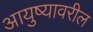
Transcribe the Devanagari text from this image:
आयुष्यावरील